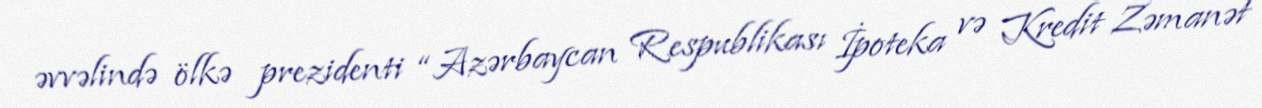
əvvəlində ölkə prezidenti “Azərbaycan Respublikası İpoteka və Kredit Zəmanət